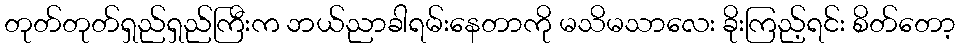
တုတ်တုတ်ရှည်ရှည်ကြီးက ဘယ်ညာခါရမ်းနေတာကို မသိမသာလေး ခိုးကြည့်ရင်း စိတ်တော့